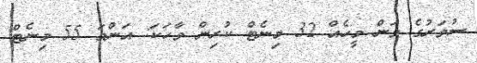
ސުވަރުގެ ވަން މީހެއް 32 މިނެޓް ކުރިން ވާހަކަ: އަންމަ 55 މިނެޓް